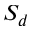
S _ { d }